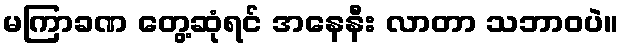
မကြာခဏ တွေ့ဆုံရင် အနေနီး လာတာ သဘာဝပဲ။